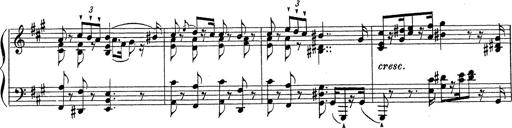
Title: Ballade No.1
Composer: Richard St. Clair